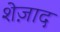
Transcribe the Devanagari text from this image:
शेज़ाद